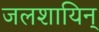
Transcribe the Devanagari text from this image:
जलशायिन्